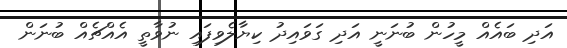
އަދި ބައެއް މީހުން ބުނަނީ އަދި ގަވައިދު ކިޔާލެވިފައި ނުވާތީ އެއްޗެއް ބުނަން